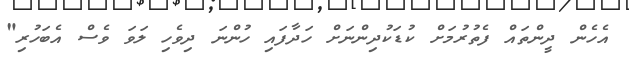
އެހެން ދީންތައް ފެތުރުމަށް ކުޑަކުދިންނަށް ހަދާފައި ހުންނަ ދިވެހި ލަވަ ވެސް އެބަހުރި"